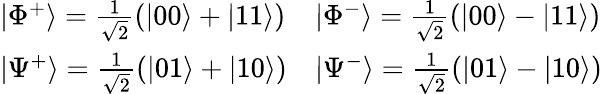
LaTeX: \begin{array}{ll}{\left|\Phi^{+}\right\rangle=\frac{1}{\sqrt{2}}(|00\rangle+|11\rangle)}&{\left|\Phi^{-}\right\rangle=\frac{1}{\sqrt{2}}(|00\rangle-|11\rangle)}\\ {\left|\Psi^{+}\right\rangle=\frac{1}{\sqrt{2}}(|01\rangle+|10\rangle)}&{\left|\Psi^{-}\right\rangle=\frac{1}{\sqrt{2}}(|01\rangle-|10\rangle)}\end{array}